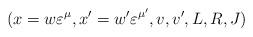
LaTeX: \begin{align*}(x=w\varepsilon^\mu, x'=w'\varepsilon^{\mu'}, v, v', L, R, J)\end{align*}